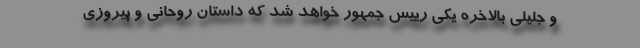
و جلیلی بالاخره یکی رییس جمهور خواهد شد که داستان روحانی و پیروزی